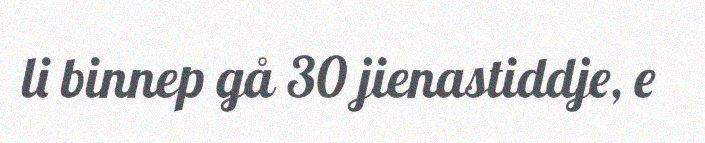
li binnep gå 30 jienastiddje, e